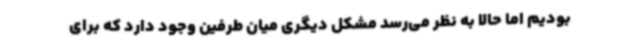
بودیم اما حالا به نظر می‌رسد مشکل دیگری میان طرفین وجود دارد که برای